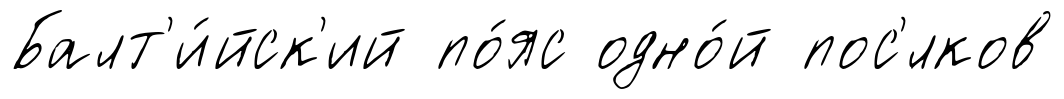
Балт'и́йск'ий по́яс одно́й пос'́лков